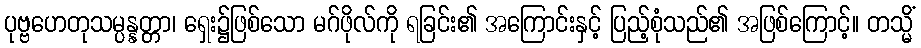
ပုဗ္ဗဟေတုသမ္ပန္နတ္တာ၊ ရှေး၌ဖြစ်သော မဂ်ဖိုလ်ကို ရခြင်း၏ အကြောင်းနှင့် ပြည့်စုံသည်၏ အဖြစ်ကြောင့်။ တသ္မိံ